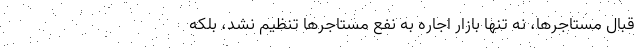
قبال مستاجرها، نه تنها بازار اجاره به نفع مستاجرها تنظیم نشد، بلکه